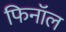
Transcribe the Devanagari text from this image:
फिनाॅल